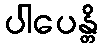
ပါပေန္တိ